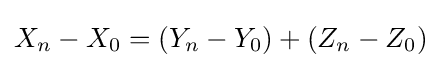
X_{n}-X_{0}=(Y_{n}-Y_{0})+(Z_{n}-Z_{0})